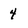
Character: 4